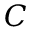
C